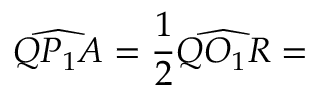
{ \widehat { Q P _ { 1 } A } } = { \frac { 1 } { 2 } } { \widehat { Q O _ { 1 } R } } =